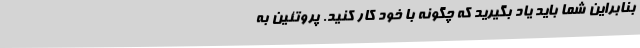
بنابراین شما باید یاد بگیرید که چگونه با خود کار کنید. پروتئین به